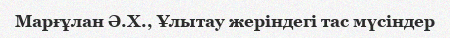
Марғұлан Ә.Х., Ұлытау жеріндегі тас мүсіндер